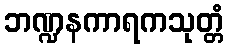
ဘဏ္ဍနကာရကသုတ္တံ